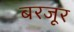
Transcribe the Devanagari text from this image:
बरजूर